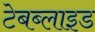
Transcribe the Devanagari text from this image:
टेबब्लाइड